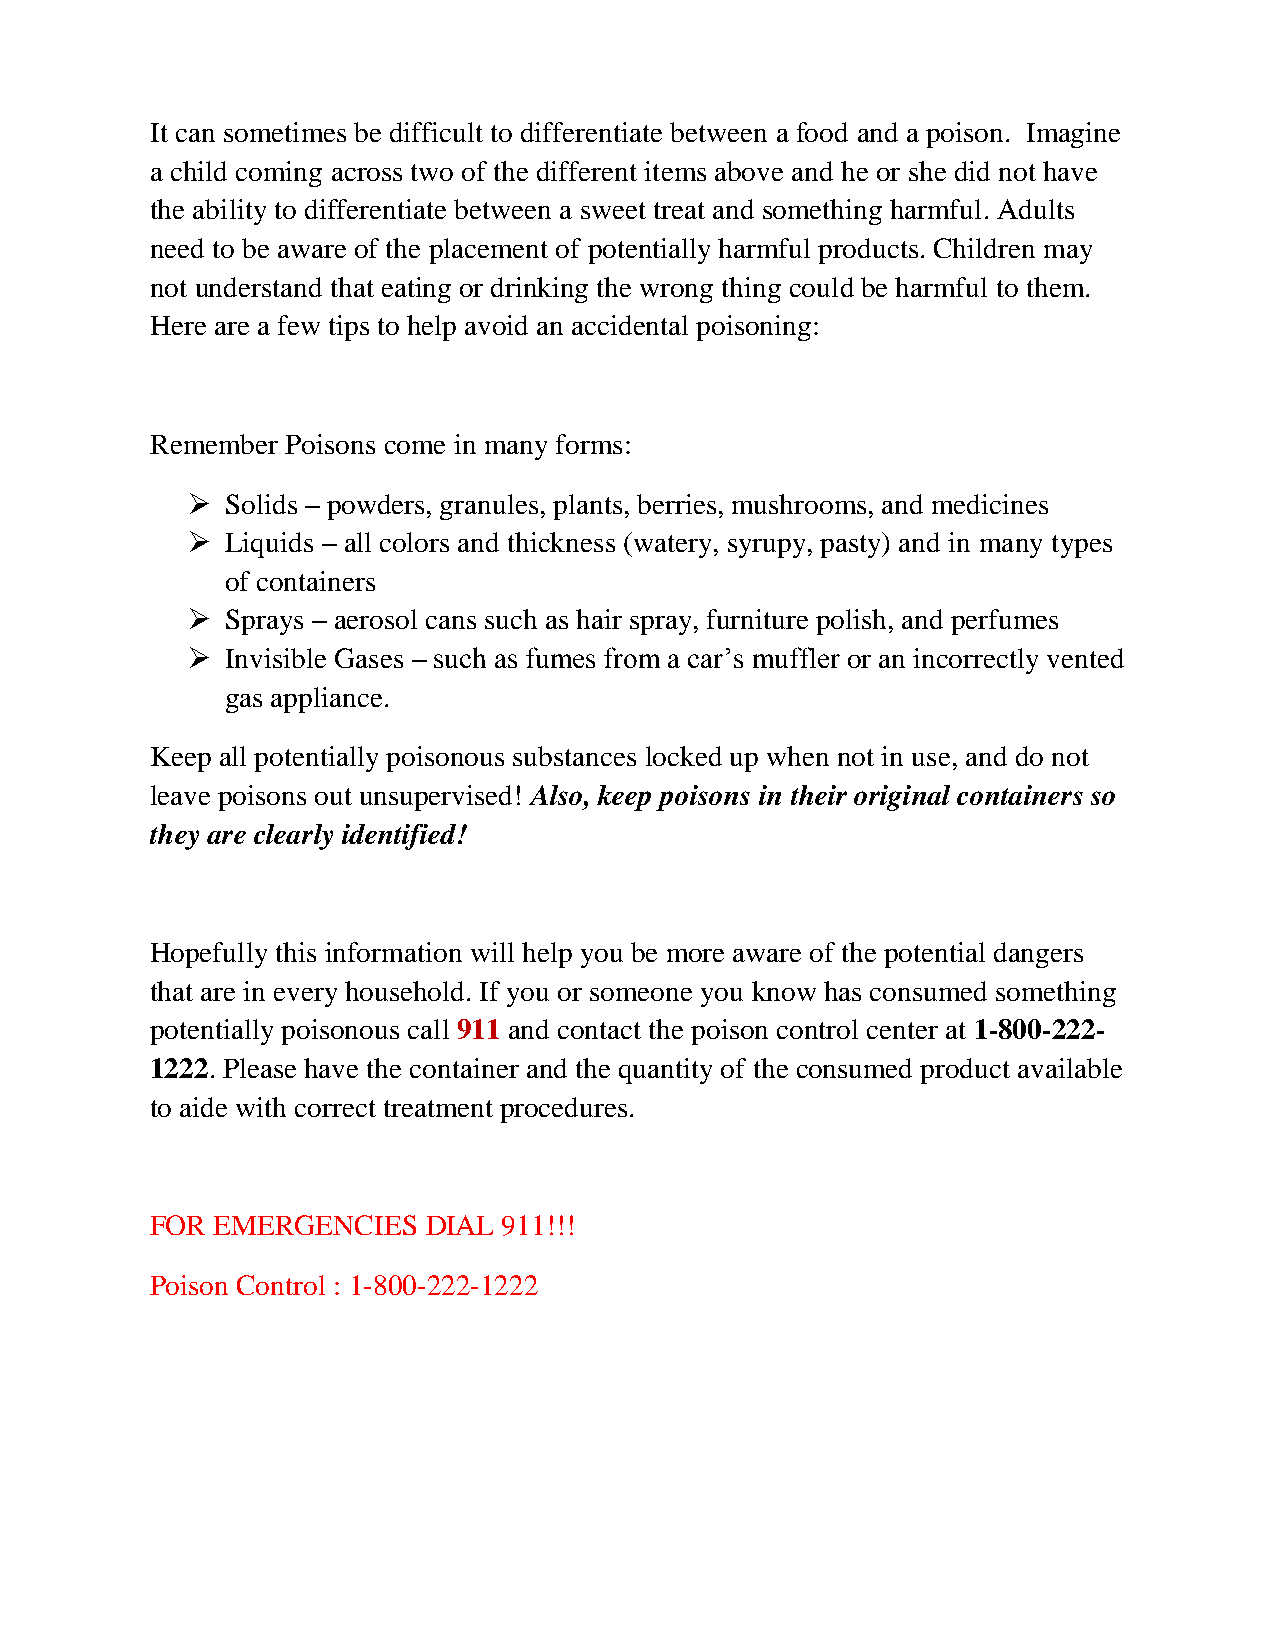
It can sometimes be difficult to differentiate between a food and a poison. Imagine
 a child coming across two of the different items above and he or she did not have
 the ability to differentiate between a sweet treat and something harmful. Adults
 need to be aware of the placement of potentially harmful products. Children may
 not understand that eating or drinking the wrong thing could be harmful to them.
 Here are a few tips to help avoid an accidental poisoning:
 Remember Poisons come in many forms:
   Solids – powders, granules, plants, berries, mushrooms, and medicines
   Liquids – all colors and thickness (watery, syrupy, pasty) and in many types
 of containers
   Sprays – aerosol cans such as hair spray, furniture polish, and perfumes
   Invisible Gases – such as fumes from a car’s muffler or an incorrectly vented
 gas appliance.
 Keep all potentially poisonous substances locked up when not in use, and do not
 leave poisons out unsupervised! Also, keep poisons in their original containers so
 they are clearly identified!
 Hopefully this information will help you be more aware of the potential dangers
 that are in every household. If you or someone you know has consumed something
 potentially poisonous call 911 and contact the poison control center at 1-800-222-
 1222. Please have the container and the quantity of the consumed product available
 to aide with correct treatment procedures.
 FOR EMERGENCIES   DIAL 911!!!
 Poison Control : 1-800-222-1222